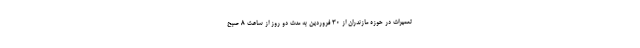
تعمیرات در حوزه مازندران از ۳۰ فروردین به مدت دو روز از ساعت ۸ صبح